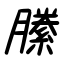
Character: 縢